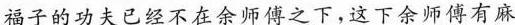
福子的功夫已经不在余师傅之下，这下余师博有麻